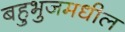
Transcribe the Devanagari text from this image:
बहुभुजमधील